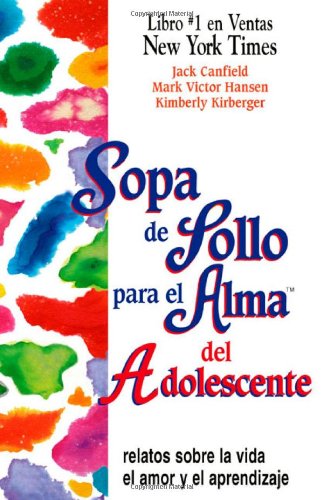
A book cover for Sopa de Pollo para el Alma del Adolescente: Relatos sobre la vida el amor y el aprendizaje (Chicken Soup for the Soul) (Spanish Edition); Jack Canfield; Teen & Young Adult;